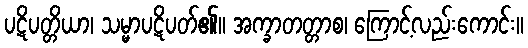
ပဋိပတ္တိယာ၊ သမ္မာပဋိပတ်၏။ အက္ခာတတ္တာစ၊ ကြောင့်လည်းကောင်း။